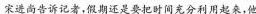
宋进尚告诉记者，假期还是要把时间充分利用起来，他